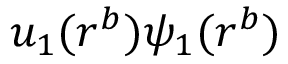
u _ { 1 } ( r ^ { b } ) \psi _ { 1 } ( r ^ { b } )